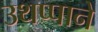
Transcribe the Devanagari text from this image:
उथप्पाने